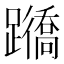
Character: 𨇊